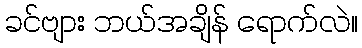
ခင်ဗျား ဘယ်အချိန် ရောက်လဲ။